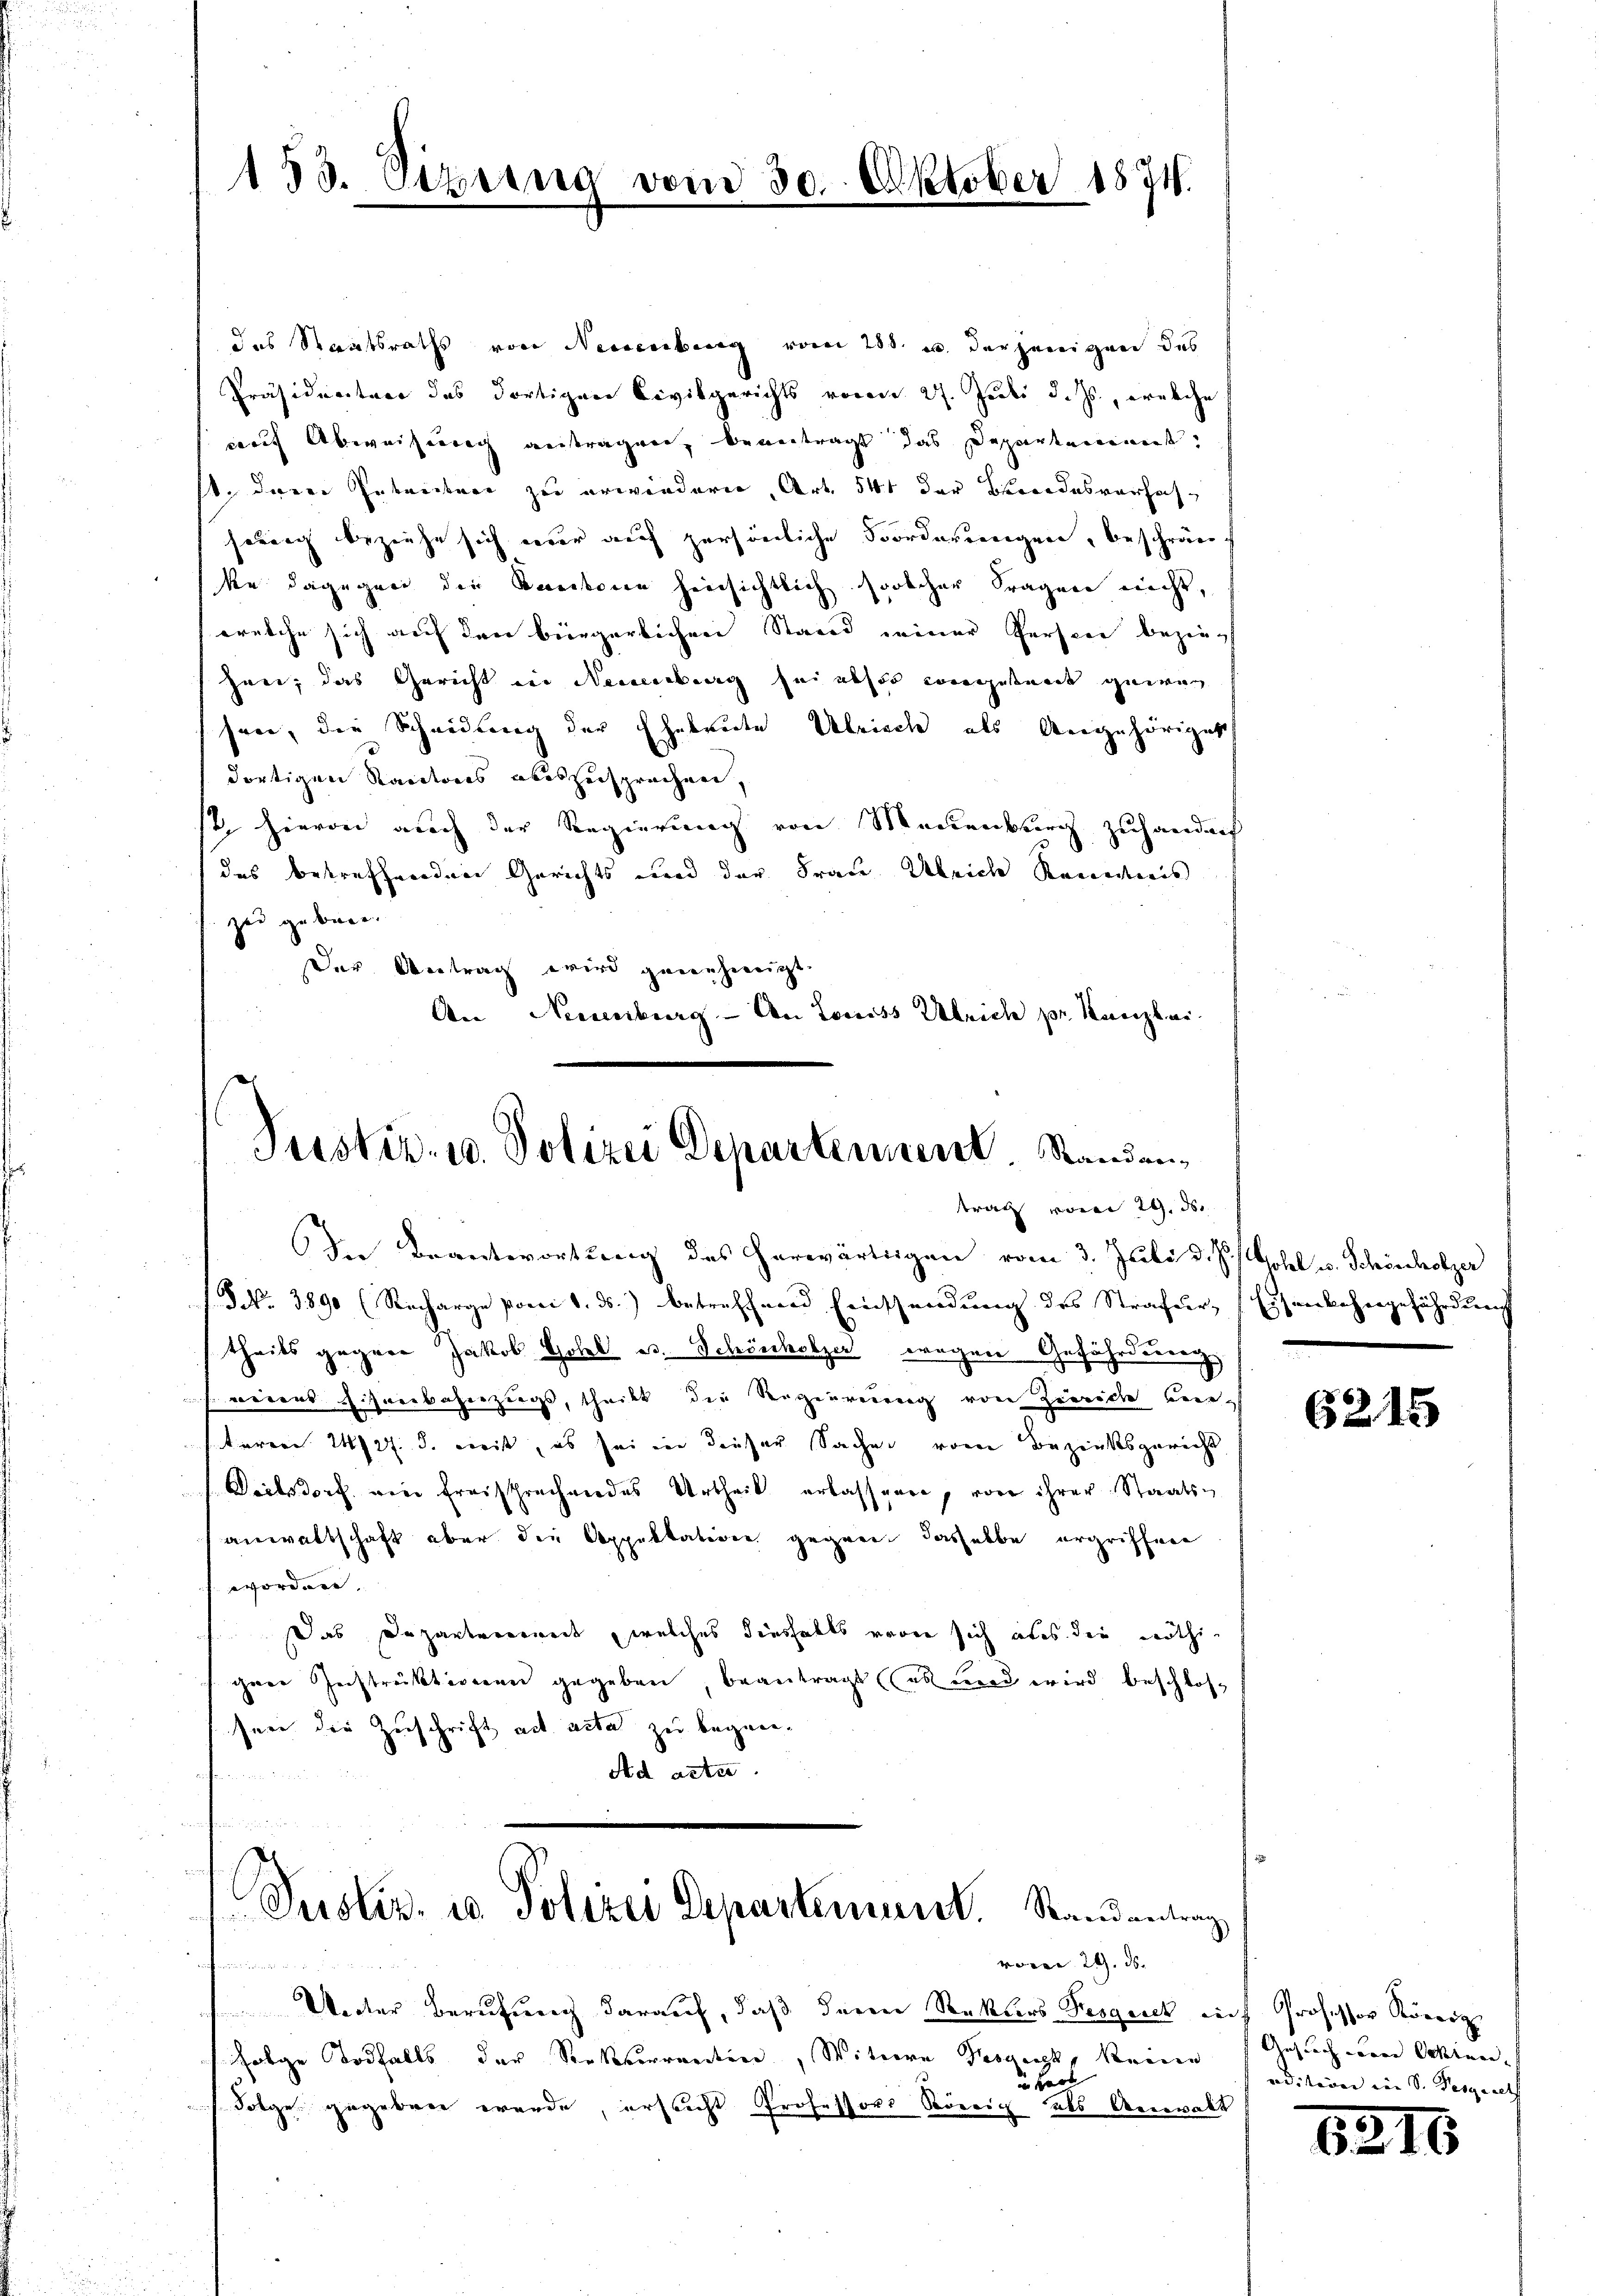
153. Vize

das Staatsraths von Neuenburg vom 288. u. derjenigen das
Präsidietare das dortigen Civilgerichts voran 27. Juli d. Js., welche
rauf Abweisung antragen, beantragt das Departement.
st. Deren Gebreitere zu erwindern, Art. 541 der Beendesverfahsonnig beziehe sich war auf persönliche Forderungen, beschränc
ke dagegen der Kantonen hinsichtlich solcher Fragen nicht,
welche sich auf den bürgerlichen Stand seiner Persone beziehen; das Gericht in Neuenburg sei absor vorgestand gewen
seen, die Scheidung der Eheleute Abrisch als Angehöriget
dortigen Kantons abeszusprechen,
st, hievon auch der Regierung von Meckenburg zuhanderf
das betreffenden Gerichts und der Frau Ulrich Kenntnis
zu geboren
Der Antrag wird genehmigt.
An Neuenburg - An Louiss Ulrich pr. Kanzlei.

In Beantwortung des herwärtigen vom 3. Juli d. J. J. Hotel u. Schönholzer
Frk. 3890 (Recharge porci 1. ds. betreffend Einssendung des Strafur, Eisenbehergefährdung
theils gegene Jakob Hotel es. Schönholzer wegen Gefährderrung
werers Eisenbahnzugs, theilt die Regierung von Zierde beiteren 14/27. d. weißt, es sei in dieser Sachen vom Bezirksgericht
Veilsdorf ein freisprechendes Urtheil erlassen, von ihrer Staatsanwaltschaft aber die Appeltation gegen dasselbe ergriffene
wordnet.
Das Dozankverweit, welches diesfalls vor sich aber der nöthiihrer Zerstrektionen gegeben, beantragt es und wird beschlos
sere die Zuschrift ad acta zu began¬
Ad acta

30. Oktober 1874.

Justiz- u. Polizei Departement. Randantrag vom 29. ds.

t
Under Berufung darauf, daß deren Sekters Fesgrick auf Professor König
folge Todfalls der Serkverweiten, Witwere Kosging, keine
 Hard
Folge gegeben werde, ersucht Professors Störrich als Anwalt

d
Justiz- u. Polizei Departement. Randantrag

voca 24. ds.

6215

Gesuch vorne Ochten
adisoder von S. Pergareth

12

s